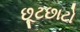
છૂટછાટો